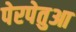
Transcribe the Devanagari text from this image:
पेरपेतुआ